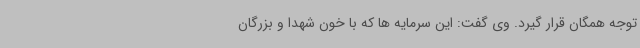
توجه همگان قرار گیرد. وی گفت: این سرمایه ها که با خون شهدا و بزرگان